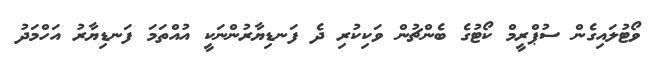
ވޯޓުލައިގެން ސުޕްރީމް ކޯޓުގެ ބެންޗުން ވަކިކުރި ދެ ފަނޑިޔާރުންނަކީ އުއްތަމަ ފަނޑިޔާރު އަހްމަދު